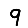
Digit: 9